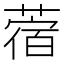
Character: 蓿